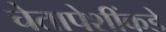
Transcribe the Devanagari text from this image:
चेतापेशींकडे